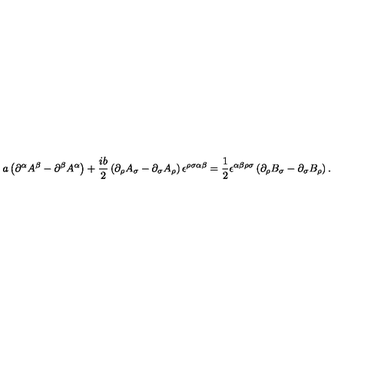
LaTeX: a \left( \partial ^ { \alpha } A ^ { \beta } - \partial ^ { \beta } A ^ { \alpha } \right) + \frac { i b } { 2 } \left( \partial _ { \rho } A _ { \sigma } - \partial _ { \sigma } A _ { \rho } \right) \epsilon ^ { \rho \sigma \alpha \beta } = \frac { 1 } { 2 } \epsilon ^ { \alpha \beta \rho \sigma } \left( \partial _ { \rho } B _ { \sigma } - \partial _ { \sigma } B _ { \rho } \right) .